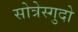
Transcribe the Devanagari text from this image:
सोत्रेस्गुदो